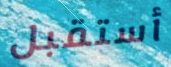
أستقبل